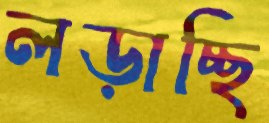
লড়াচ্ছি